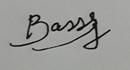
Signature authenticity: genuine